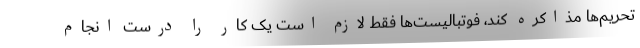
تحریم‌ها مذاکره کند، فوتبالیست‌ها فقط لازم است یک کار را درست انجام